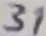
Text: 31